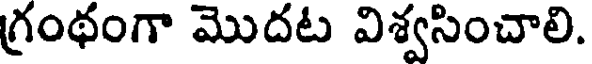
గ్రంథంగా మొదట విశ్వసించాలి.